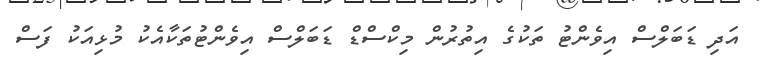
އަދި ޑަބަލްސް އިވެންޓު ތަކުގެ އިތުރުން މިކްސްޑް ޑަބަލްސް އިވެންޓުތަކާއެކު މުޅިއަކު ފަސް